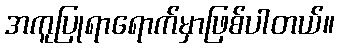
အကူပြုရာရောက်မှာဖြစ်ပါတယ်။